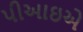
પીઆઇએ